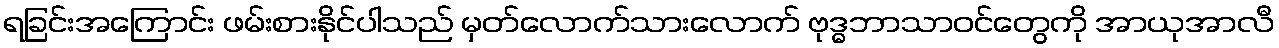
ရခြင်းအကြောင်း ဖမ်းစားနိုင်ပါသည် မှတ်လောက်သားလောက် ဗုဒ္ဓဘာသာဝင်တွေကို အာယုအာလီ